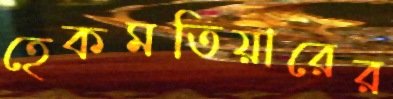
হেকমতিয়ারের